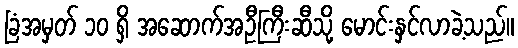
ခြံအမှတ် ၁၀ ရှိ အဆောက်အဦကြီးဆီသို့ မောင်းနှင်လာခဲ့သည်။